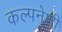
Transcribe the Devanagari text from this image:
कल्पनेशी